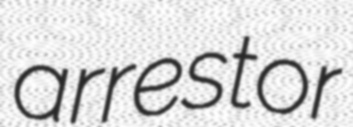
arrestor